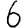
Digit: 6